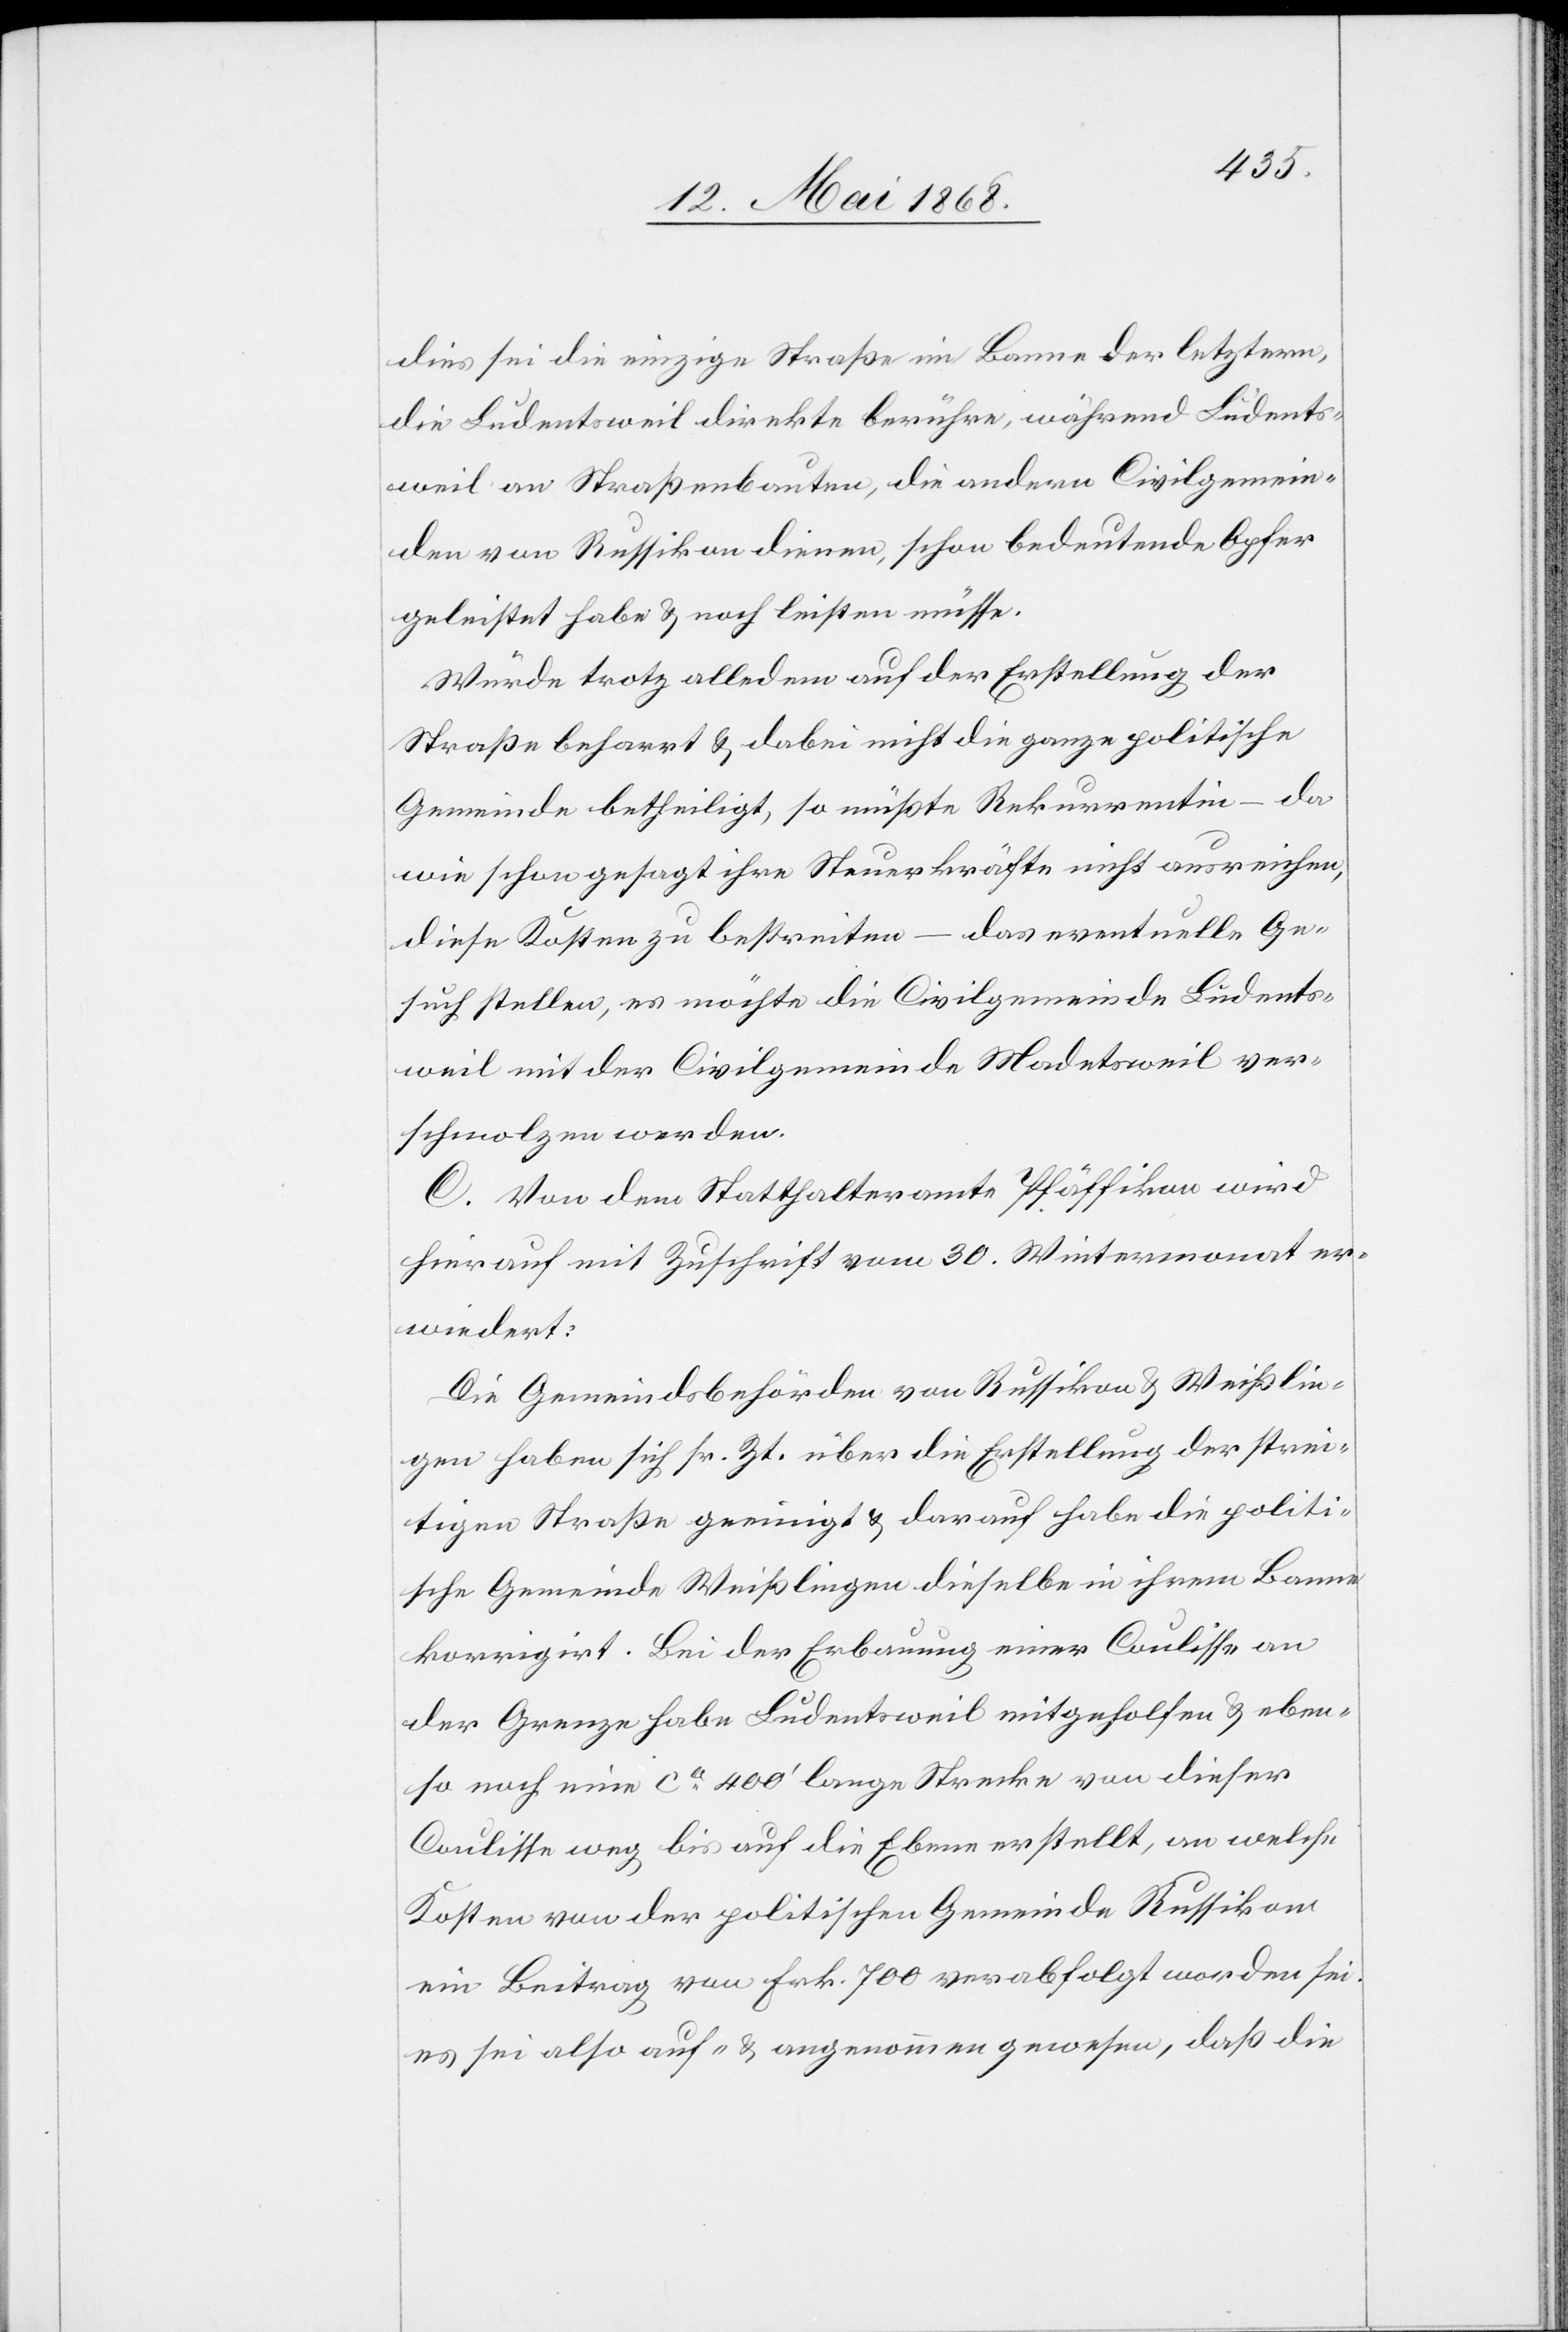
dies sei die einzige Straße im Banne der letztern,
die Ludentsweil direkte berühre, während Ludents¬
weil an Straßenbauten, die andern Civilgemein¬
den von Russikon dienen, schon bedeutende Opfer
geleistet habe & noch leisten müsse.
Würde trotz alledem auf der Erstellung der
Straße beharrt & dabei nicht die ganze politische
Gemeinde betheiligt, so müßte Rekurrentin – da
wie schon gesagt ihre Steuerkräfte nicht ausreichen,
diese Kosten zu bestreiten – das eventuelle Ge¬
such stellen, es möchte die Civilgemeinde Ludents¬
weil mit der Civilgemeinde Madetsweil ver¬
schmolzen werden.
C. Von dem Statthalteramte Pfäffikon wird
hierauf mit Zuschrift vom 30. Wintermonat er¬
wiedert:
Die Gemeindsbehörden von Russikon & Weißlin¬
gen haben sich sr. Zt. über die Erstellung der strei¬
tigen Straße geeinigt & darauf habe die politi¬
sche Gemeinde Weißlingen dieselbe in ihrem Banne
korrigirt. Bei der Erbauung einer Coulisse an
der Grenze habe Ludentsweil mitgeholfen & eben¬
so noch eine ca. 400‘ lange Strecke von dieser
Coulisse weg bis auf die Ebene erstellt, an welche
Kosten von der politischen Gemeinde Russikon
ein Beitrag von Frk. 700 verabfolgt worden sei.
sei also auf- & angenommen gewesen, daß die